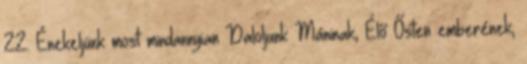
22. Énekeljünk most mindannyian Daloljunk Máninak, Élő Ősten emberének,